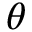
\theta